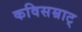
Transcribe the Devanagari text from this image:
कविसम्राट्